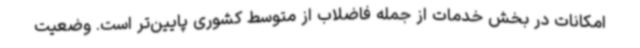
امکانات در بخش خدمات از جمله فاضلاب از متوسط کشوری پایین‌تر است. وضعیت